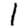
Digit: 1